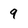
Character: 9